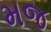
મજ